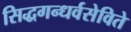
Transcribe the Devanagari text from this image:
सिद्धगन्धर्वसेविते